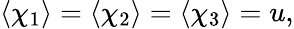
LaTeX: \langle\chi_{1}\rangle=\langle\chi_{2}\rangle=\langle\chi_{3}\rangle=u,